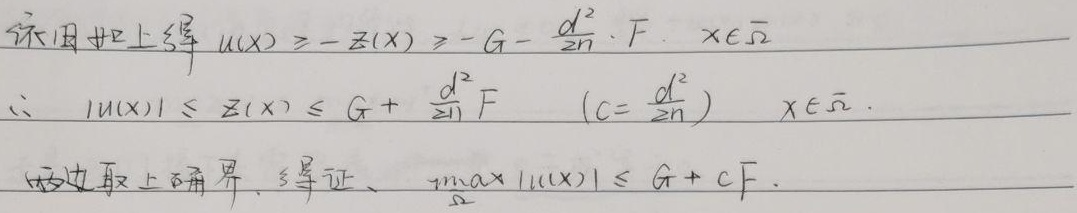
依旧如上得 \(u(x)\geq - z(x)\geq - G-\frac{d^{2}}{2n}\cdot F\)，\(x\in\overline{\Omega}\)。

\(\therefore |u(x)|\leq z(x)\leq G + \frac{d^{2}}{2n}F\) \((C = \frac{d^{2}}{2n})\)，\(x\in\overline{\Omega}\)。两边取上确界，得证，\(\max_{\overline{\Omega}}|u(x)|\leq G + CF\) 。